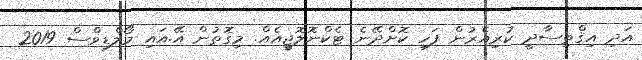
އަދި އިޤްތިސާދީ ކުރިއެރުން ފަހި ކޮށްދޭނެ ޓެކްނޮލޮޖީއެއް. މިގޮތުން އޭ.އައި މޯލްޑިވްސް 2019